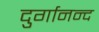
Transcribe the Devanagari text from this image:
दुर्गानन्द